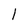
Character: l